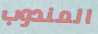
المندوب